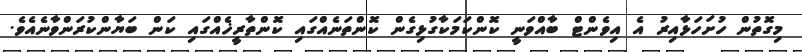
މިގޮތުން ހުށަހަޅާއިރު އެ އިވެންޓް ބާއްވަނީ ކޮންކަމަކާގުޅިގެން ކޮންތަނެއްގައި ކޮންތާރީޚެއްގައި ކަން ބަޔާންކުރަންވާނެއެވެ.